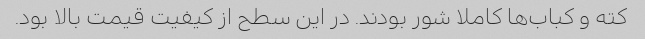
کته و کباب‌ها کاملا شور بودند. در این سطح از کیفیت قیمت بالا بود.